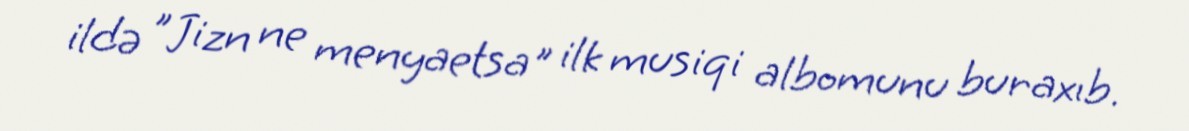
ildə "Jizn ne menyaetsa" ilk musiqi albomunu buraxıb.